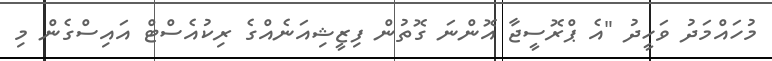
މުހައްމަދު ވަހީދު "އެ ޕްރޮސީޖާ އޮންނަ ގޮތުން ފިޒީޝިއަނެއްގެ ރިކުއެސްޓް އައިސްގެން މި